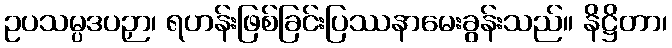
ဥပသမ္ပဒပဉှာ၊ ရဟန်းဖြစ်ခြင်းပြဿနာမေးခွန်းသည်။ နိဋ္ဌိတာ၊